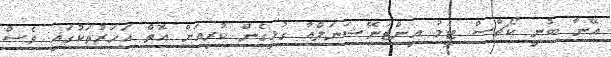
އޭނާ ބުނީ ކޯޗާސް ޓީމު އިންޓަނޭޝަނަލްއާ ގުޅިގެން ކުރިއަށް އޮތް އަހަރުތަކުގައި ވެސް